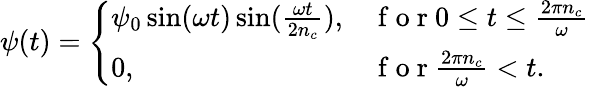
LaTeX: \psi(t)=\left\{ \begin{array}{ll}{\psi_{0}\sin(\omega t)\sin(\frac{\omega t}{2n_{c}}),}&{\mathrm{~f~o~r~}0\leq t\leq\frac{2\pi n_{c}}{\omega}}\\ {0,}&{\mathrm{~f~o~r~}\frac{2\pi n_{c}}{\omega}<t.}\end{array}\right.